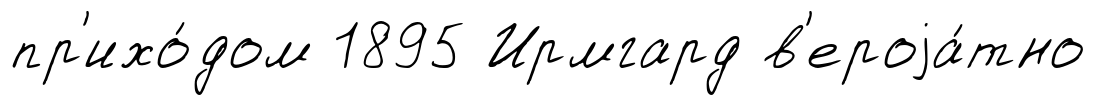
пр'ихо́дом 1895 Ирмгард в'ероjа́тно